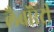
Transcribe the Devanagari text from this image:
लैबॉरेट्री